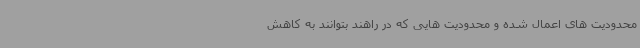
محدودیت های اعمال شده و محدودیت هایی که در راهند بتوانند به کاهش